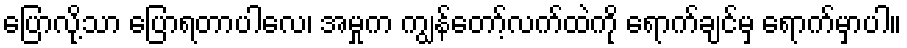
ပြောလို့သာ ပြောရတာပါလေ၊ အမှုက ကျွန်တော့်လက်ထဲကို ရောက်ချင်မှ ရောက်မှာပါ။